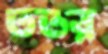
ততর